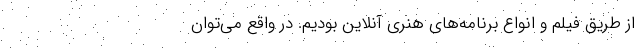
از طریق فیلم و انواع برنامه‌های هنری آنلاین بودیم. در واقع می‌توان